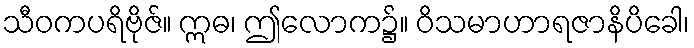
သီဝကပရိဗိုဇ်။ ဣဓ၊ ဤလောက၌။ ဝိသမာဟာရဇာနိပိခေါ၊